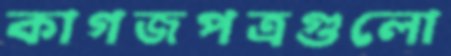
কাগজপত্রগুলো